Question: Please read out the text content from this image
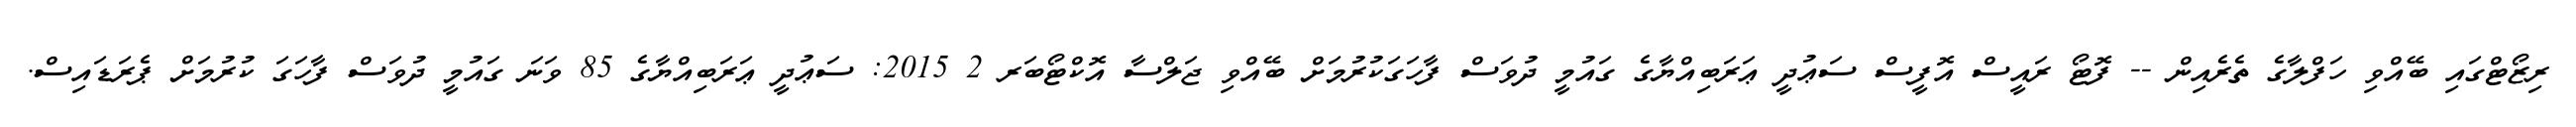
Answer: ރިޒޯޓްގައި ބޭއްވި ހަފްލާގެ ތެރެއިން -- ފޮޓޯ ރައީސް އޮފީސް ސަޢުދީ ޢަރަބިއްޔާގެ ގައުމީ ދުވަސް ފާހަގަކުރުމަށް ބޭއްވި ޖަލްސާ އޮކްޓޯބަރ 2 2015: ސަޢުދީ ޢަރަބިއްޔާގެ 85 ވަނަ ގައުމީ ދުވަސް ފާހަގަ ކުރުމަށް ޕެރަޑައިސް.